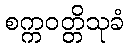
စက္ကဝတ္တိသုခံ